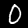
Label: 0